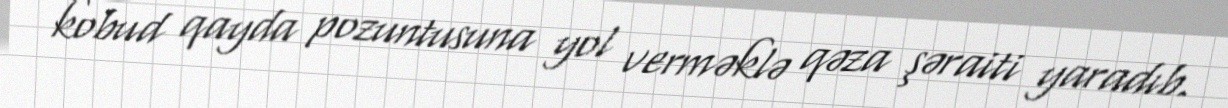
kobud qayda pozuntusuna yol verməklə qəza şəraiti yaradıb.